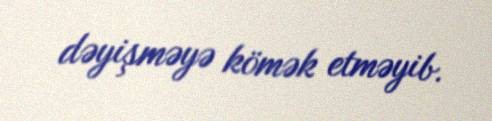
dəyişməyə kömək etməyib.